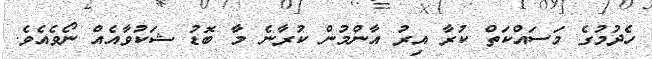
ހެދުމުގެ މަސައްކަތް ކުރާ އިރު އާންމުން ކުރާނެ މާ ބޮޑު ޝަކުވާއެއް ނޯވެއެވެ.